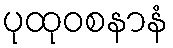
ပုထုဝစနာနံ